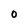
Character: 0